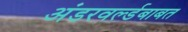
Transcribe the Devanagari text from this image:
अंडरवर्ल्डबाबत